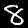
Label: 8